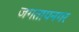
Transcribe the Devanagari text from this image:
जगतापनगर